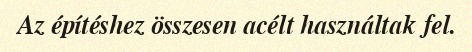
Az építéshez összesen acélt használtak fel.